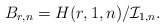
\begin{align*} B_{r,n}=H(r,1,n)/\mathcal{I}_{1,n}.\end{align*}